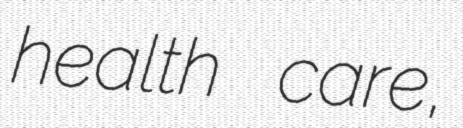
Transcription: health care,